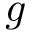
g